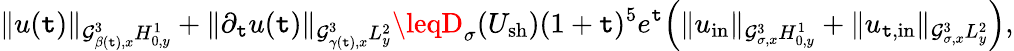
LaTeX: \| u(\mathtt{t})\| _{\mathcal{{G}}_{\beta(\mathtt{t}),x}^{3}H_{0,y}^{1}}+\| \partial_{\mathtt{t}}u(\mathtt{t})\| _{\mathcal{{G}}_{\gamma(\mathtt{t}),x}^{3}L_{y}^{2}}\leqD_{\sigma}(U_{\mathrm{{sh}}})(1+\mathtt{t})^{5}e^{\mathtt{t}}\Big(\| u_{\mathrm{{in}}}\| _{\mathcal{{G}}_{\sigma,x}^{3}H_{0,y}^{1}}+\| u_{\mathtt{t},\mathrm{{in}}}\| _{\mathcal{{G}}_{\sigma,x}^{3}L_{y}^{2}}\Big),